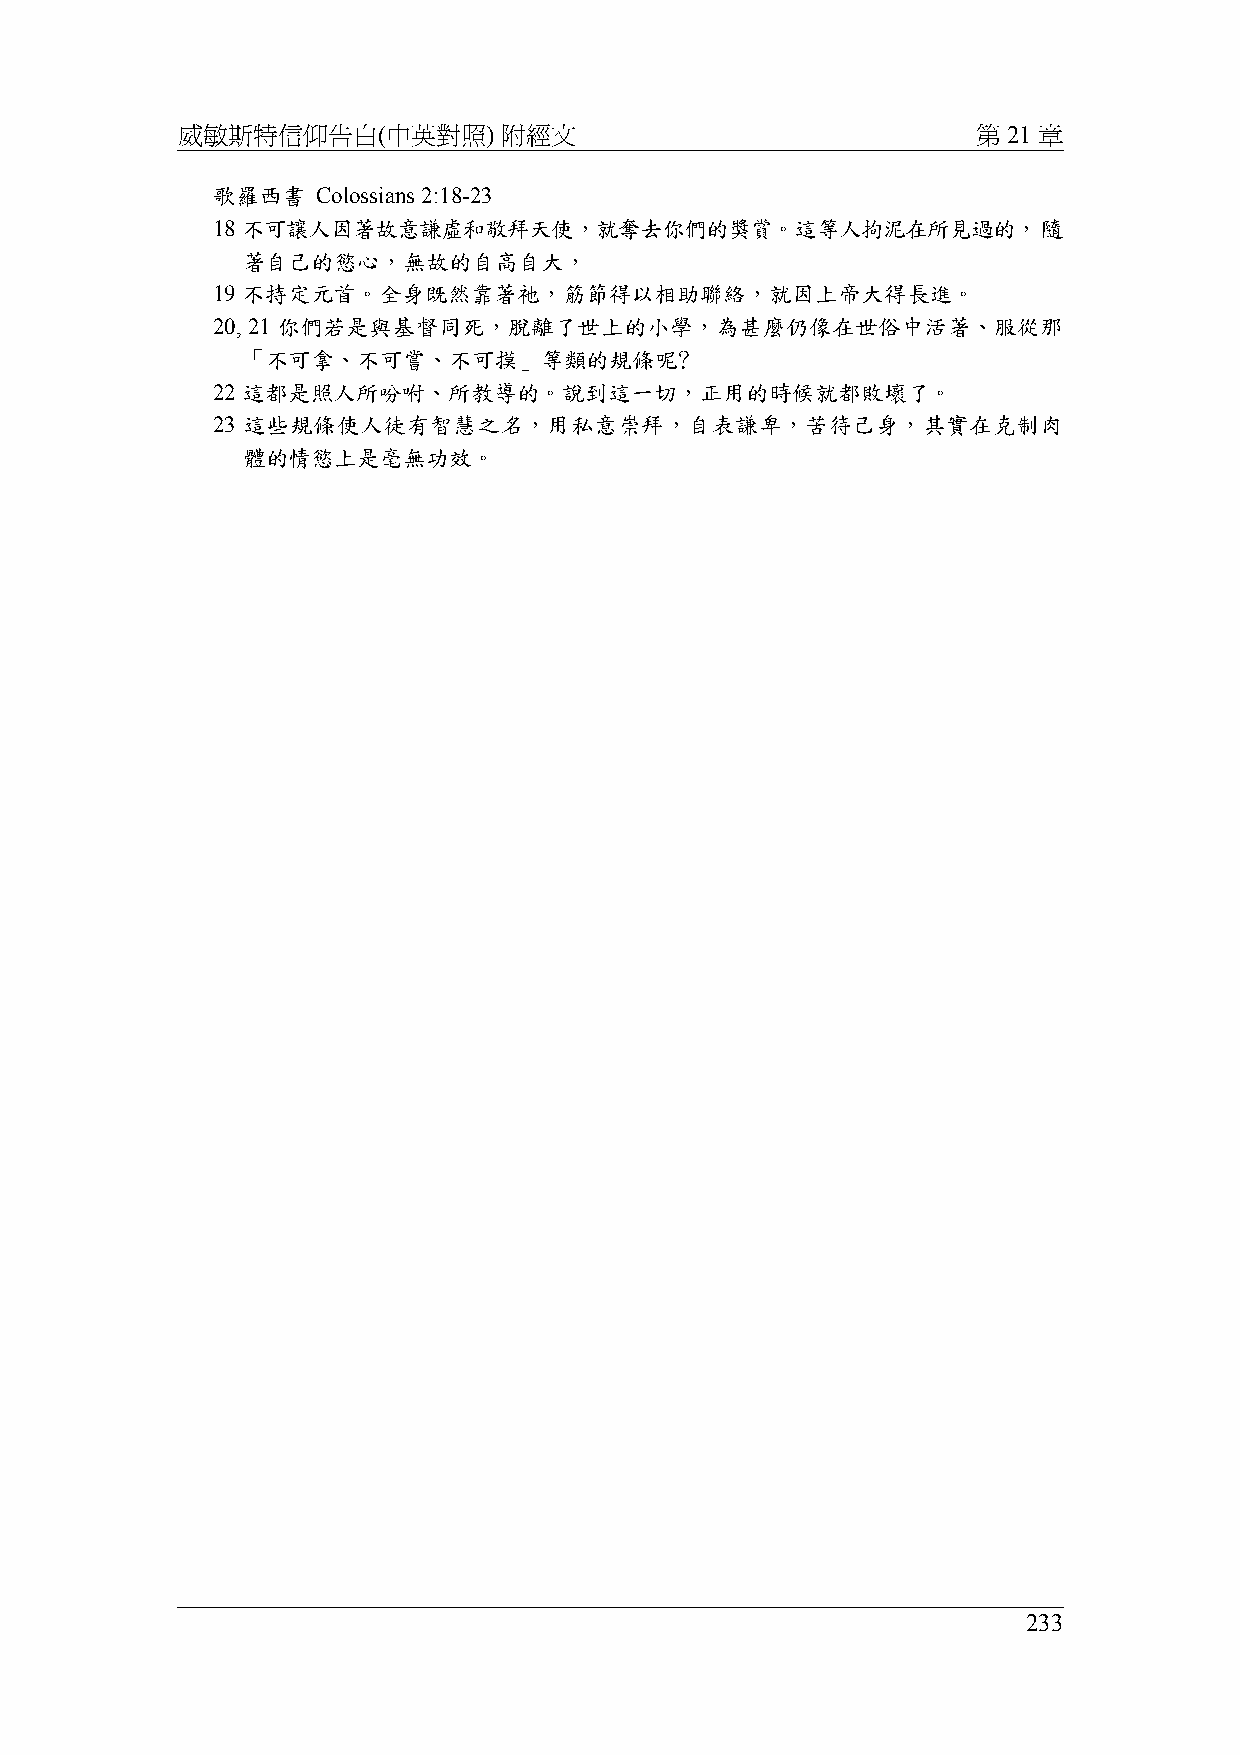
威敏斯特信仰告白(中英對照)       附經文                             第 21 章
 歌羅西書   Colossians 2:18-23
 18 不可讓人因著故意謙虛和敬拜天使，就奪去你們的獎賞。這等人拘泥在所見過的，隨
 著自己的慾心，無故的自高自大，
 19 不持定元首。全身既然靠著祂，筋節得以相助聯絡，就因上帝大得長進。
 20, 21 你們若是與基督同死，脫離了世上的小學，為甚麼仍像在世俗中活著、服從那
 「不可拿、不可嘗、不可摸」等類的規條呢﹖
 22 這都是照人所吩咐、所教導的。說到這一切，正用的時候就都敗壞了。
 23 這些規條使人徒有智慧之名，用私意崇拜，自表謙卑，苦待己身，其實在克制肉
 體的情慾上是毫無功效。
 233